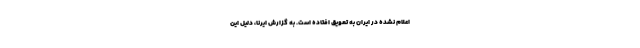
اعلام نشده در ایران به تعویق افتاده است. به گزارش ایرنا، دلیل این